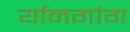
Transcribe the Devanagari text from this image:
र्यानगांग